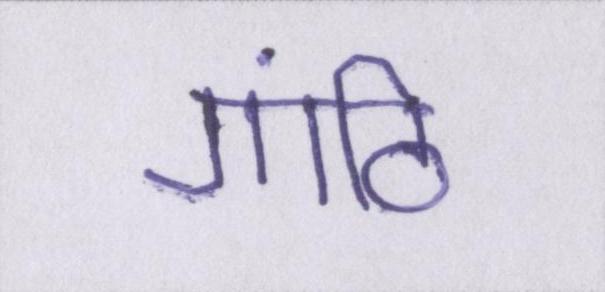
गांठि